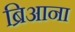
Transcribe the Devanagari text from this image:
ब्रिआना